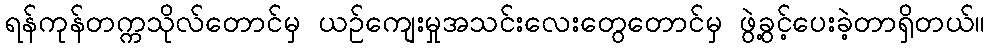
ရန်ကုန်တက္ကသိုလ်တောင်မှ ယဉ်ကျေးမှုအသင်းလေးတွေတောင်မှ ဖွဲ့ခွင့်ပေးခဲ့တာရှိတယ်။